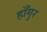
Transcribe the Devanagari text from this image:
हाँगुर